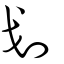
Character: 划